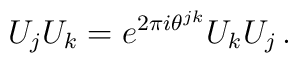
U_{j}U_{k} = e^{2\pi i\theta^{jk}}U_{k}U_{j} \, .